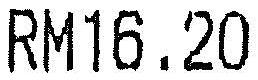
RM16.20